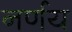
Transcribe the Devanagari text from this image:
नर्णय